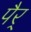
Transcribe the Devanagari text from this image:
पैर्